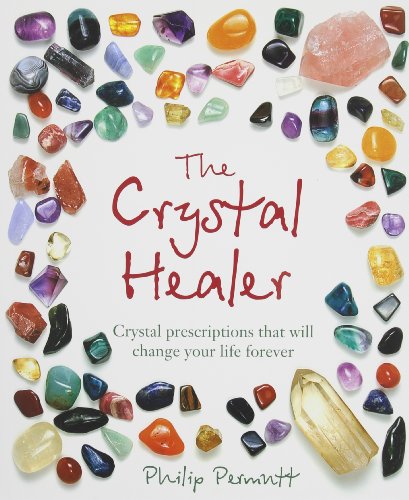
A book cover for The Crystal Healer: Crystal Prescriptions That Will Change Your Life Forever; Philip Permutt; Religion & Spirituality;